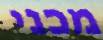
מכני